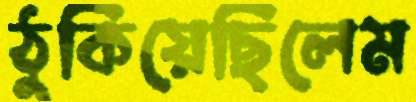
ঠুকিয়েছিলেম